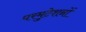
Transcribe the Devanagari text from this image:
परमुटेशनों